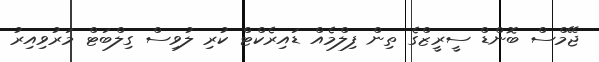
ޖޭމްސް ބޮންޑް ސީރީޒްގެ ތިން ފިލްމެއް ޑައިރެކްޓް ކުރި ލުވިސް ގިލްބަޓް މަރުވިއިރު